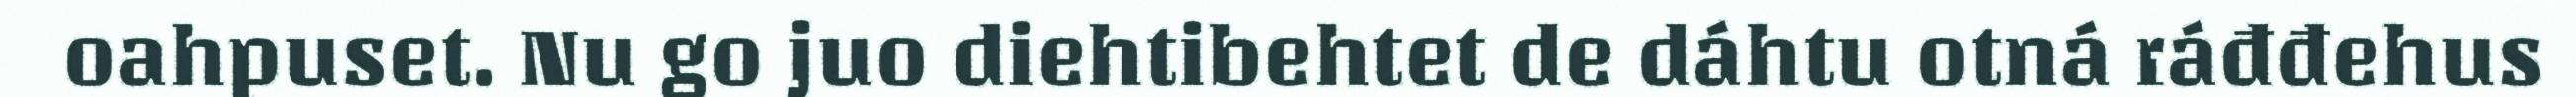
oahpuset. Nu go juo diehtibehtet de dáhtu otná ráđđehus